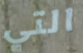
التي